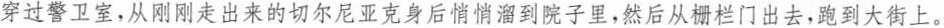
穿过警卫室，从刚刚走出来的切尔尼亚克身后悄悄溜到院子里，然后从栅栏门出去，跑到大街上。